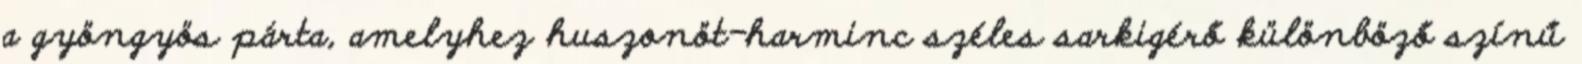
a gyöngyös párta, amelyhez huszonöt-harminc széles sarkigérő különböző színű